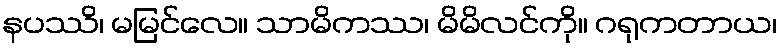
နပဿိ၊ မမြင်လေ။ သာမိကဿ၊ မိမိလင်ကို။ ဂရုကတာယ၊